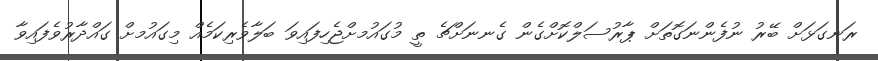
ރަނގަޅަށް ބޭރު ނުފެންނަގޮތަށް ޕާރުސަލްކޮށްގެން ގެނނަށްޗެ ތީ މުގައުމށްޖެހިފައިވަ ބަލާވެރިކަމެއް މިގައުމށް ގައްދާރުވެފައިވާ